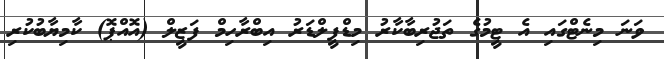
ވަނަ މިނެޓްގައި އެ ޓީމުގެ ތަޖުރިބާކާރު މިޑްފީލްޑަރު އިބްރާހިމް ފަޒީލް (އޮއްޕޮ) ކާމިޔާބުކުރި